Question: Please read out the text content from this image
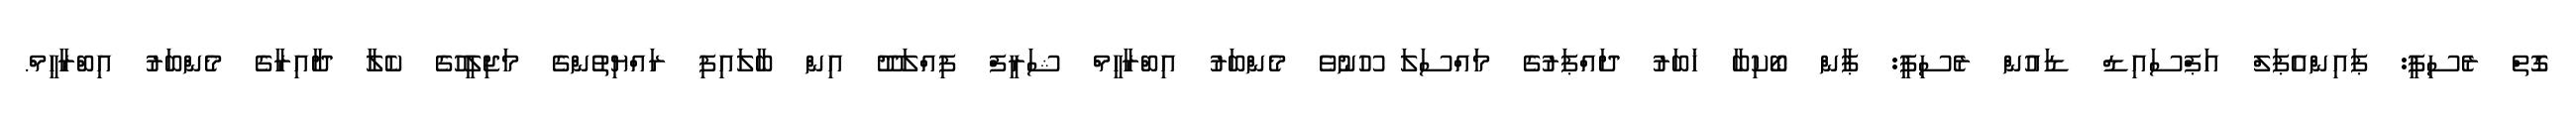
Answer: ގޮތް ރެސިޕީ: ޕައިންއެޕަލް އަޕްސައިޑް ޑައުން ރެސިޕީ: ޕާން ބޯކިބާ ޚަބަރު ދައްޕަރުގެ މައްސަލަ ހޫނުވެ މެންބަރު އިބްރާހީމް ޝަރީފް ފިއްލަދޫ އިން ބާލައިފި ރައްޔިތުންގެ މަޖިލީހުގެ ކެލާ ދާއިރާގެ މެންބަރު އިބްރާހީމް.